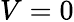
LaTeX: V=0